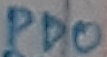
Text: PD0